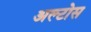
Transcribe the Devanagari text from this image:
अल्टोस